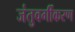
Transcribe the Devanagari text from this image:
जंतुवर्गीकरण